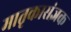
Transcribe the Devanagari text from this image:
मातृकासंज्ञक